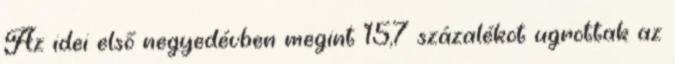
Az idei első negyedévben megint 15,7 százalékot ugrottak az